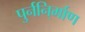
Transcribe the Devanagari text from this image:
पुर्ननि्र्माण